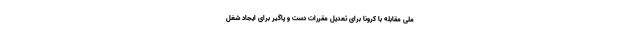
ملی مقابله با کرونا برای تعدیل مقررات دست و پاگیر برای ایجاد شغل